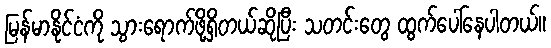
မြန်မာနိုင်ငံကို သွားရောက်ဖို့ရှိတယ်ဆိုပြီး သတင်းတွေ ထွက်ပေါ်နေပါတယ်။